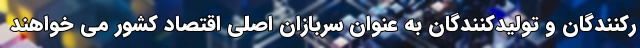
رکنندگان و تولیدکنندگان به عنوان سربازان اصلی اقتصاد کشور می خواهند